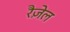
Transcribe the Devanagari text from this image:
रैज़ेल